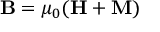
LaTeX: \mathbf { B } = \mu _ { 0 } ( \mathbf { H + M } )